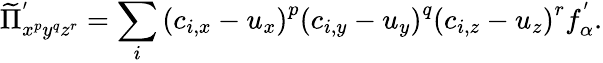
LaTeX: \widetilde{\Pi}_{x^{p}y^{q}z^{r}}^{'}=\sum_{i}{\left(c_{i,x}-u_{x}\right)}^{p}{\left(c_{i,y}-u_{y}\right)}^{q}{\left(c_{i,z}-u_{z}\right)}^{r}f_{\alpha}^{'}.